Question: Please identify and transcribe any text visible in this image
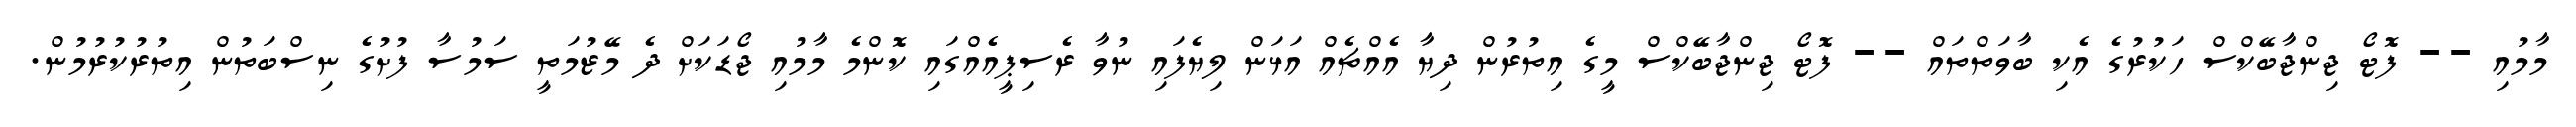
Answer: މާމުއި -- ފޮޓޯ ޖިންޖާބޭކްސް ހަކުރުގެ އެކި ބާވަތްތައް -- ފޮޓޯ ޖިންޖާބޭކްސް މީގެ އިތުރުން ދިޔާ އެއްޗެއް އަޅަން ލިޔެފައި ނުވާ ރެސިޕީއެއްގައި ކޮންމެ މާމުއި ޖޯޑަކަށް ދެ މޭޒުމަތީ ސަމުސާ ފުށުގެ ނިސްބަތުން އިތުރުކުރުމުން.